Scottish Leaving Certificate Examination, 1957
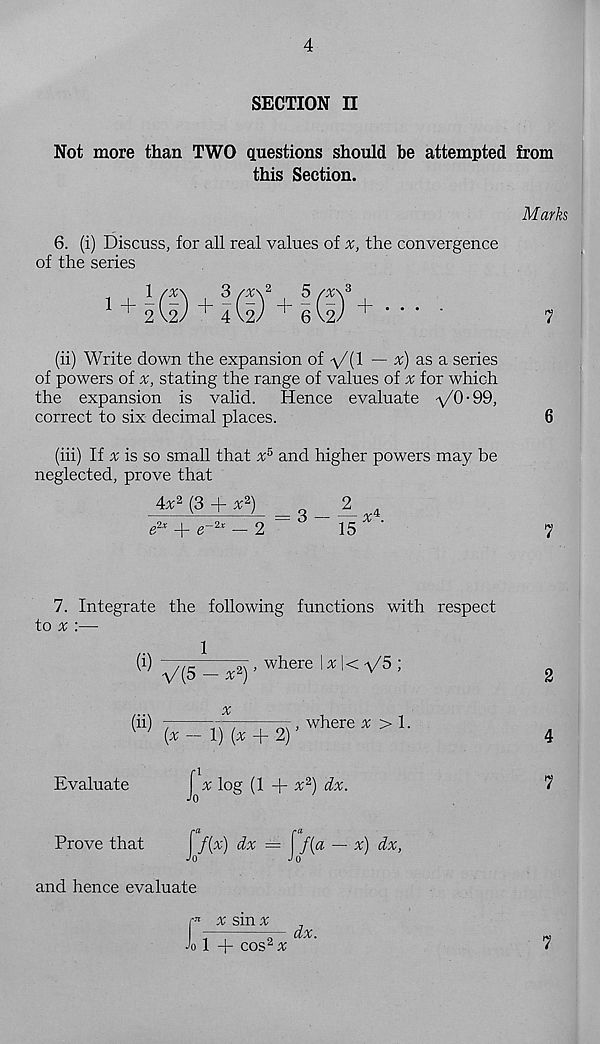
4
SECTION II
Not more than TWO questions should he attempted from
this Section.
Marks
6. (i) Discuss, for all real values of
the convergence
of the series
7
(ii) Write down the expansion of -\/(l — a;) as a series
of powers of
stating the range of values of for which
the expansion is valid.
Hence evaluate -\/0-99,
6
correct to six decimal places.
(hi) If x is so small that x 5 and higher powers may be
neglected, prove that
4* 2 (3 + * 2 ) = __
e 2x + e~2 x — 2
15
'
7. Integrate the following functions with respect
to ^ :—
W ^5 _
> where I ^ l< V5;
2
(u) ( X _ f) (x + 2)
, where x > 1.
4
Evaluate
7
Prove that
and hence evaluate